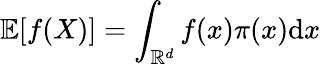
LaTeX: \mathbb{E}[f(X)]=\int_{\mathbb{R}^{d}}f(x)\pi(x)\mathrm{d}x